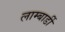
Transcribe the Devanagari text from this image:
लाम्बार्डी